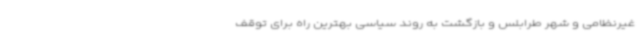
غیرنظامی و شهر طرابلس و بازگشت به روند سیاسی بهترین راه برای توقف